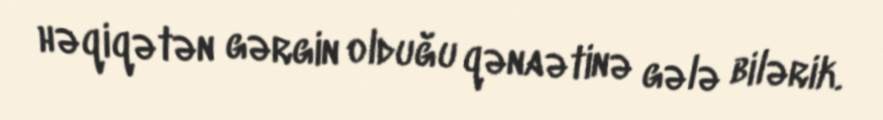
həqiqətən gərgin olduğu qənaətinə gələ bilərik.